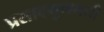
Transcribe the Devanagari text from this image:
प्रसादगुणमयी